画像に写った文字を読んでください
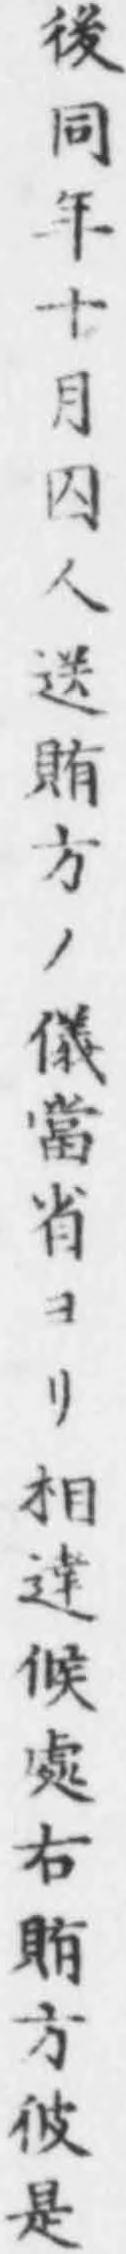
「後同年十月囚人送賄方ノ儀當省ヨリ相達候處右賄方彼是」と書いてあります